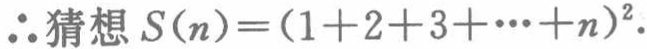
\(\therefore 猜想\ S(n)=(1 + 2 + 3 + \cdots + n)^2.\)